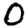
Digit: 0